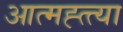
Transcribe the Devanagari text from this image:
आत्मह्त्त्या